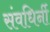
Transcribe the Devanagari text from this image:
संवधिर्नी